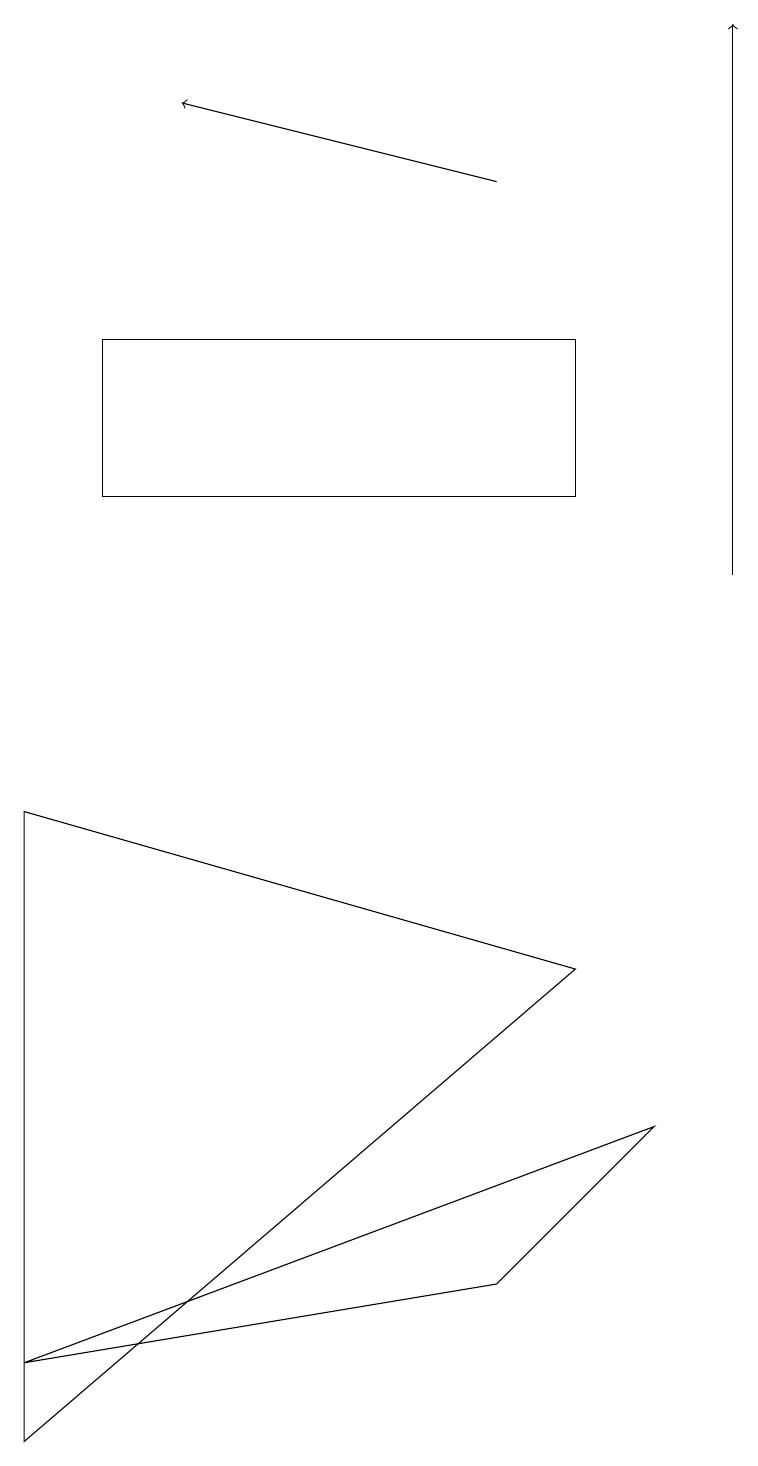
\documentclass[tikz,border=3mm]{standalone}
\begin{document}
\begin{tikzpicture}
\draw[->] (9,12) -- (9,19);
\draw (8,5) -- (0,2) -- (6,3) -- cycle;
\draw (7,15) rectangle (1,13);
\draw[->] (6,17) -- (2,18);
\draw (0,9) -- (7,7) -- (0,1) -- cycle;
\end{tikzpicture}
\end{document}